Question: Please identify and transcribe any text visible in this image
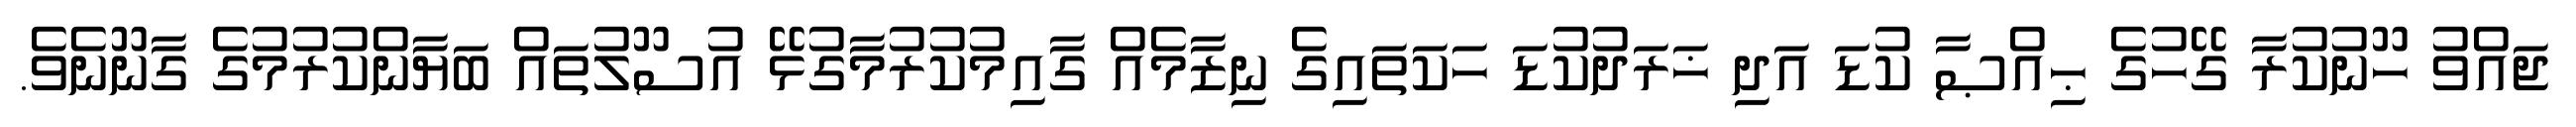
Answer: ޖައްވު ހޫނުކުރާ ގޭހުގެ ޙިއްޞާ ކުޑަ އަދި ޚަރަދުކުޑަ ހަކަތައިގެ ނިޒާމެއް ގާއިމުކުރުމާގުޅޭ އުސޫލުތައް ބަޔާންކުރުމުގެ ގާނޫނެވެ.